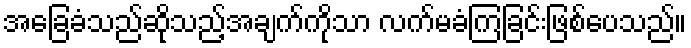
အခြေခံသည်ဆိုသည့်အချက်ကိုသာ လက်မခံကြခြင်းဖြစ်ပေသည်။